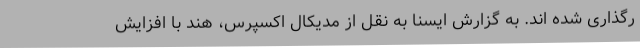
رگذاری شده اند. به گزارش ایسنا به نقل از مدیکال اکسپرس، هند با افزایش